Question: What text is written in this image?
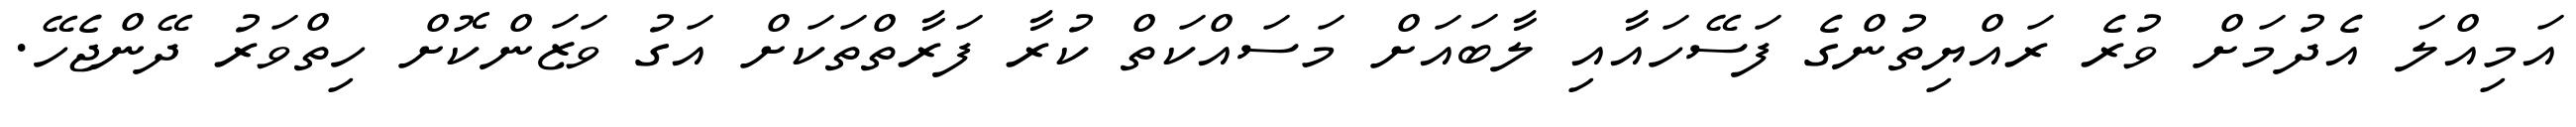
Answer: އަމިއްލަ އެދުމަށް ވުރެ ރައްޔިތުންގެ ފަސޭހައާއި ލާބައަށް މަސައްކަތް ކުރާ ފަރާތްތަކަށް އަގު ވަޒަންކޮށް ހިތްވަރު ދޭންޖެހޭ.